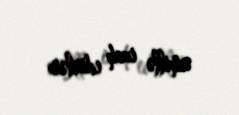
amillə izah edirlər.